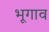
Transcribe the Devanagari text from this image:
भूगाव